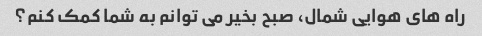
راه های هوایی شمال، صبح بخیر می توانم به شما کمک کنم؟